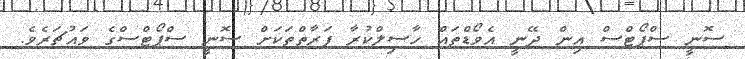
ސޮނީ ސްޕޯޓްސް އިން ދޭނީ އެވޯޑްތައް ހާސިލްކުރާ ފަރާތްތަކަށް ސޮނީ ސްޕޯޓްސްގެ ވައުޗަރެވެ.